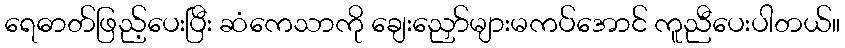
ရေဓာတ်ဖြည့်ပေးပြီး ဆံကေသာကို ချေးညှော်များမကပ်အောင် ကူညီပေးပါတယ်။